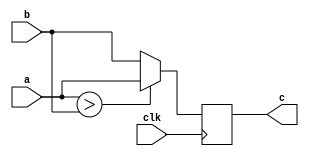
`timescale 1ns / 1ps
//////////////////////////////////////////////////////////////////////////////////
// Company: 
// Engineer: 
// 
// Design Name: 
// Module Name: max
// Project Name: 
// Target Devices: 
// Tool Versions: 
// Description: 
// 
// Dependencies: 
// 
// Revision:
// Revision 0.01 - File Created
// Additional Comments:
// 
//////////////////////////////////////////////////////////////////////////////////


module max 
# (parameter N=4)
(  input [N:0]a,
    input [N:0]b,
    input clk,
    output reg [N:0]c);

always @ (posedge clk)    
if (a>b)
    c<=a; 
else 
    c<=b;
    
   
endmodule